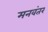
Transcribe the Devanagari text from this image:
मनवंतर